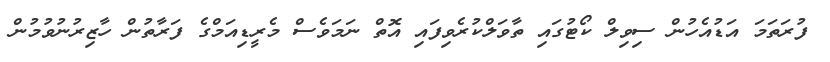
ފުރަތަމަ އަޑުއެހުން ސިވިލް ކޯޓުގައި ތާވަލްކުރެވިފައި އޮތް ނަމަވެސް މެރީޑިއަމްގެ ފަރާތުން ހާޒިރުނުވުމުން